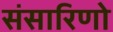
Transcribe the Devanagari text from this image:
संसारिणो